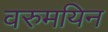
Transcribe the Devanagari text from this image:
वरुमयिन